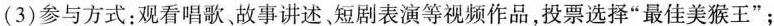
(3)参与方式：观看唱歌、故事讲述短剧表演等视频作品，投票选择”最佳美猴王”；